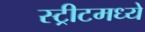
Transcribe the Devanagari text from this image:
स्ट्रीटमध्ये